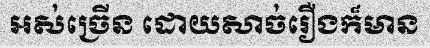
អស់ច្រើន ដោយសាច់រឿងក៏មាន